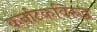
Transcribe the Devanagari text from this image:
कर्नाटकविरुद्ध